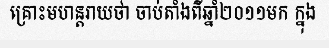
គ្រោះមហន្តរាយថា ចាប់តាំងពីឆ្នាំ២០១១មក ក្នុង